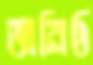
অনিষ্ঠ